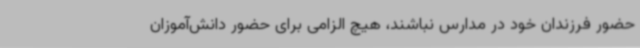
حضور فرزندان خود در مدارس نباشند، هیچ الزامی برای حضور دانش‌آموزان